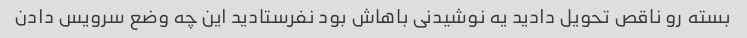
بسته رو ناقص تحویل دادید یه نوشیدنی باهاش بود نفرستادید این چه وضع سرویس دادن